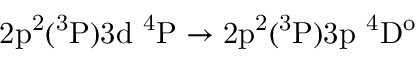
\mathrm { 2 p ^ { 2 } ( ^ { 3 } P ) 3 d ~ ^ { 4 } P \rightarrow 2 p ^ { 2 } ( ^ { 3 } P ) 3 p ~ ^ { 4 } D ^ { o } }